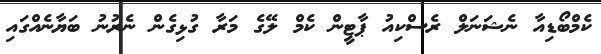
ކެމްބޯޑިއާ ނެޝަނަލް ރެސްކިއު ޕާޓީން ކެމް ލޭގެ މަރާ ގުޅިގެން ނެރުނު ބަޔާނެއްގައި